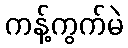
ကန့်ကွက်မဲ